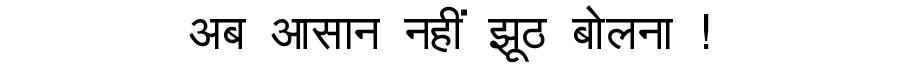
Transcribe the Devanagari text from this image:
अब आसान नहीं झूठ बोलना !